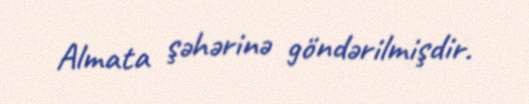
Almata şəhərinə göndərilmişdir.